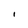
Character: I